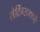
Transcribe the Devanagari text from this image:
सेटिंग्समध्ये